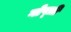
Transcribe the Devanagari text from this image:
गोप्त्री